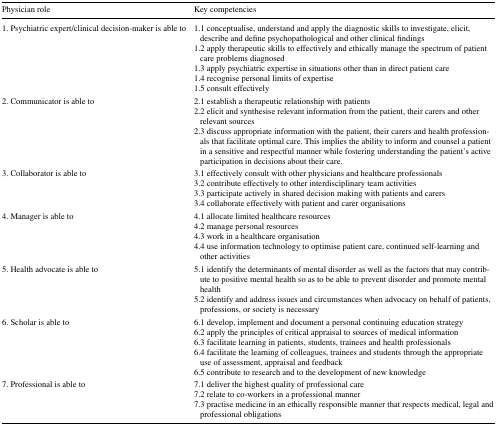
| Physician role | Key competencies |
 | --- | --- |
 | 1. Psychiatric expert/clinical decision-maker is able to | 1.1 conceptualise, understand and apply the diagnostic skills to investigate, elicit, describe and define psychopathological and other clinical findings1.2 apply therapeutic skills to effectively and ethically manage the spectrum of patient care problems diagnosed1.3 apply psychiatric expertise in situations other than in direct patient care1.4 recognise personal limits of expertise1.5 consult effectively |
 | 2. Communicator is able to | 2.1 establish a therapeutic relationship with patients2.2 elicit and synthesise relevant information from the patient, their carers and other relevant sources2.3 discuss appropriate information with the patient, their carers and health professionals that facilitate optimal care. This implies the ability to inform and counsel a patient in a sensitive and respectful manner while fostering understanding the patient’s active participation in decisions about their care. |
 | 3. Collaborator is able to | 3.1 effectively consult with other physicians and healthcare professionals3.2 contribute effectively to other interdisciplinary team activities3.3 participate actively in shared decision making with patients and carers3.4 collaborate effectively with patient and carer organisations |
 | 4. Manager is able to | 4.1 allocate limited healthcare resources4.2 manage personal resources4.3 work in a healthcare organisation4.4 use information technology to optimise patient care, continued self-learning and other activities |
 | 5. Health advocate is able to | 5.1 identify the determinants of mental disorder as well as the factors that may contribute to positive mental health so as to be able to prevent disorder and promote mental health5.2 identify and address issues and circumstances when advocacy on behalf of patients, professions, or society is necessary |
 | 6. Scholar is able to | 6.1 develop, implement and document a personal continuing education strategy6.2 apply the principles of critical appraisal to sources of medical information6.3 facilitate learning in patients, students, trainees and health professionals6.4 facilitate the learning of colleagues, trainees and students through the appropriate use of assessment, appraisal and feedback6.5 contribute to research and to the development of new knowledge |
 | 7. Professional is able to | 7.1 deliver the highest quality of professional care7.2 relate to co-workers in a professional manner7.3 practise medicine in an ethically responsible manner that respects medical, legal and professional obligations |